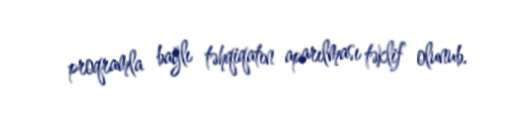
proqramla bağlı təhqiqatın aparılması təklif olunub.